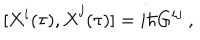
LaTeX: [ X ^ { i } ( \tau ) , \dot { X } ^ { j } ( \tau ) ] = i \hbar G ^ { i j } \ ,